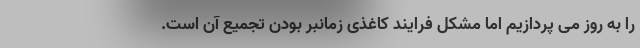
را به روز می پردازیم اما مشکل فرایند کاغذی زمانبر بودن تجمیع آن است.